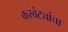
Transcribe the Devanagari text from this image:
करवंट्यांचा